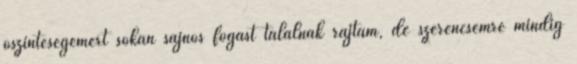
őszinteségemért sokan sajnos fogást találnak rajtam, de szerencsémre mindig